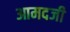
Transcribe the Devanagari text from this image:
आमदजी